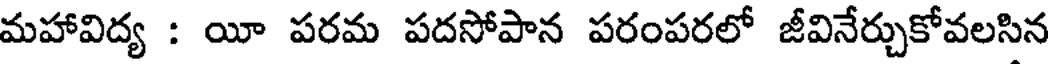
మహావిద్య : యీ పరమ పదసోపాన పరంపరలో జీవినేర్చుకోవలసిన